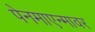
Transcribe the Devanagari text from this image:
पेनमाएन्मावर